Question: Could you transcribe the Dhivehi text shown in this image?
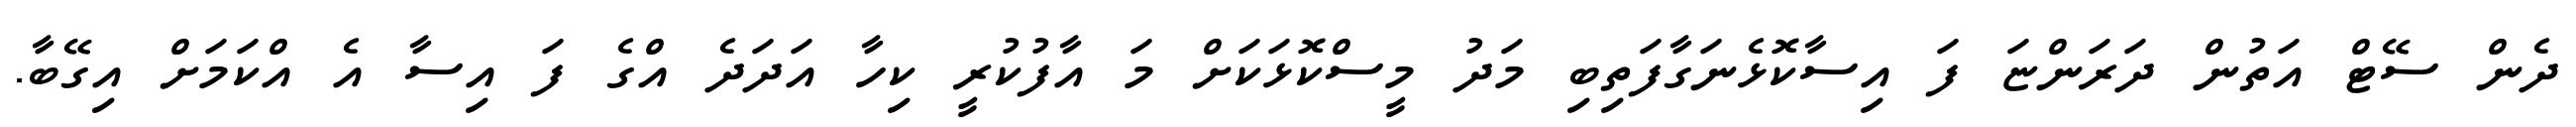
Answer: ދެން ސޭޓް އަތުން ދަރަންޏަ ފަ އިސާކޮޅެނަގާފަތިބި މަދު މީސްކޮޅަކަށް މަ އާފުކުރީ ކިހާ އަދަދެ އްގެ ފަ އިސާ އެ އްކަމަށް އިގޭބާ.